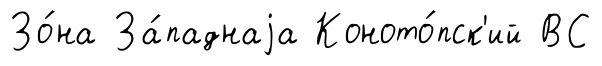
Зо́на За́паднаjа Коното́пск'ий ВС